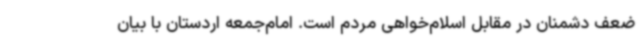
ضعف دشمنان در مقابل اسلام‌خواهی مردم است. امام‌جمعه اردستان با بیان